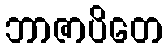
ဘာဇာပိတေ